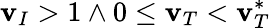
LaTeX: \mathbf{v}_{I}>1\land0\le\mathbf{v}_{T}<\mathbf{v}_{T}^{*}